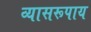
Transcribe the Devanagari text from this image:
व्यासरूपाय